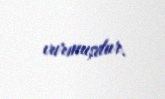
vurmuşdur.